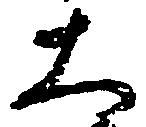
大